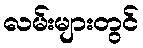
လမ်းများတွင်